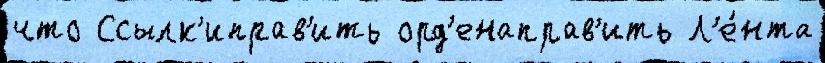
что Ссылк'иправ'ить орд'енаправ'ить Л'е́нта